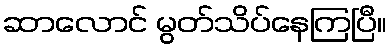
ဆာလောင် မွတ်သိပ်နေကြပြီ။